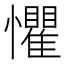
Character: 懼